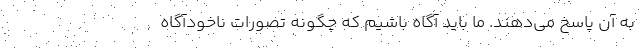
به آن پاسخ می‌دهند. ما باید آگاه باشیم که چگونه تصورات ناخودآگاه